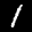
Label: 1